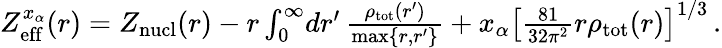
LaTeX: \begin{array}{r}{Z_{\mathrm{eff}}^{x_{\alpha}}(r)=Z_{\mathrm{nucl}}(r)-r\int_{0}^{\infty}\! dr^{\prime}\, \frac{\rho_{\mathrm{tot}}(r^{\prime})}{\mathrm{max}\{ r,r^{\prime}\} }+x_{\alpha}\left[\frac{81}{32\pi^{2}}r\rho_{\mathrm{tot}}(r)\right]^{1/3}\, .}\end{array}